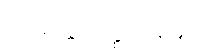
သံခိတ္တဝိတ္ထာရေနပိ